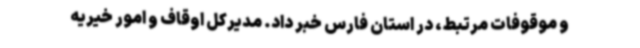
و موقوفات مرتبط، در استان فارس خبر داد. مدیرکل اوقاف و امور خیریه